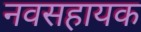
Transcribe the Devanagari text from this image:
नवसहायक